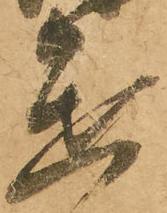
進